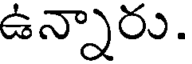
ఉన్నారు.